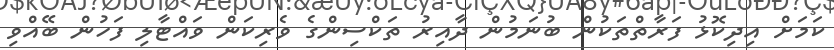
ކަމަށް އިދިކޮޅު ފަރާތްތަކުން ބުނަމުން ދާއިރު ތަކްސިންގެ ވެރިކަން ވައްޓާލި ފަހުން ބޭއްވި